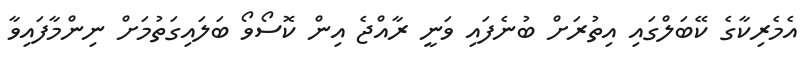
އެމެރިކާގެ ކޭބަލްގައި އިތުރަށް ބުނެފައި ވަނީ ރާއްޖެ އިން ކޮސޯވޯ ބަލައިގަތުމަށް ނިންމާފައިވާ